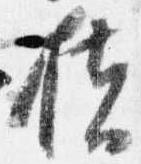
扶